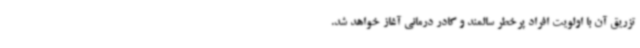
تزریق آن با اولویت افراد پرخطر سالمند و کادر درمانی آغاز خواهد شد.